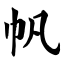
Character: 帆